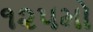
૧૨૫મો